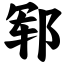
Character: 郓